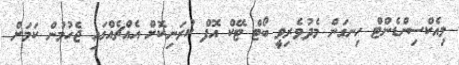
މިއެކްސިންޑެންޓް ހިނގަން މެދުވެރިވީ ބޯޓް ޓޭކް އޮފް ކުރަނިކޮށް އެއްޗެއްގައި ޖެހުމުން ކަމަށް